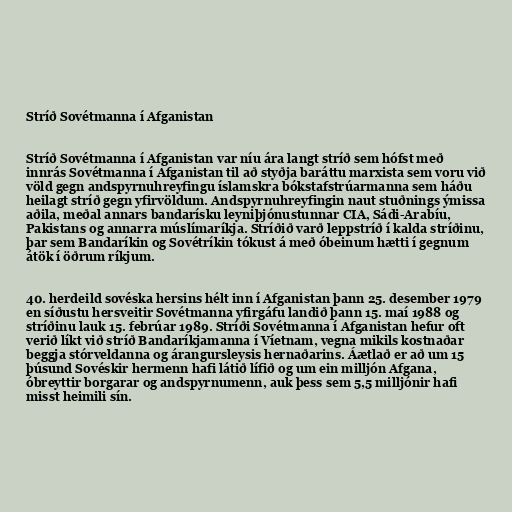
Stríð Sovétmanna í Afganistan

Stríð Sovétmanna í Afganistan var níu ára langt stríð sem hófst með
innrás Sovétmanna í Afganistan til að styðja baráttu marxista sem voru við
völd gegn andspyrnuhreyfingu íslamskra bókstafstrúarmanna sem háðu
heilagt stríð gegn yfirvöldum. Andspyrnuhreyfingin naut stuðnings ýmissa
aðila, meðal annars bandarísku leyniþjónustunnar CIA, Sádi-Arabíu,
Pakistans og annarra múslímaríkja. Stríðið varð leppstríð í kalda stríðinu,
þar sem Bandaríkin og Sovétríkin tókust á með óbeinum hætti í gegnum
átök í öðrum ríkjum.

40. herdeild sovéska hersins hélt inn í Afganistan þann 25. desember 1979
en síðustu hersveitir Sovétmanna yfirgáfu landið þann 15. maí 1988 og
stríðinu lauk 15. febrúar 1989. Stríði Sovétmanna í Afganistan hefur oft
verið líkt við stríð Bandaríkjamanna í Víetnam, vegna mikils kostnaðar
beggja stórveldanna og árangursleysis hernaðarins. Áætlað er að um 15
þúsund Sovéskir hermenn hafi látið lífið og um ein milljón Afgana,
óbreyttir borgarar og andspyrnumenn, auk þess sem 5,5 milljónir hafi
misst heimili sín.